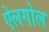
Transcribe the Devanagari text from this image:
ऐलगोल